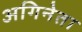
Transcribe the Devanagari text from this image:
अगिनेता